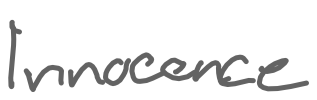
Text: Innocence
Cross-out: clean
Writing tool: digital_gray